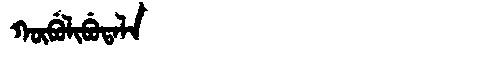
Manchu: ᡴᡡᠪᡠᠯᡳᠪᡠᡨᠠᠯᠠ
Romanization: KŪBULIBUTALA